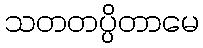
သတတပ္ပိတာမေ